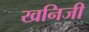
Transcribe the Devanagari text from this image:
खनिजी